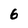
Character: 6